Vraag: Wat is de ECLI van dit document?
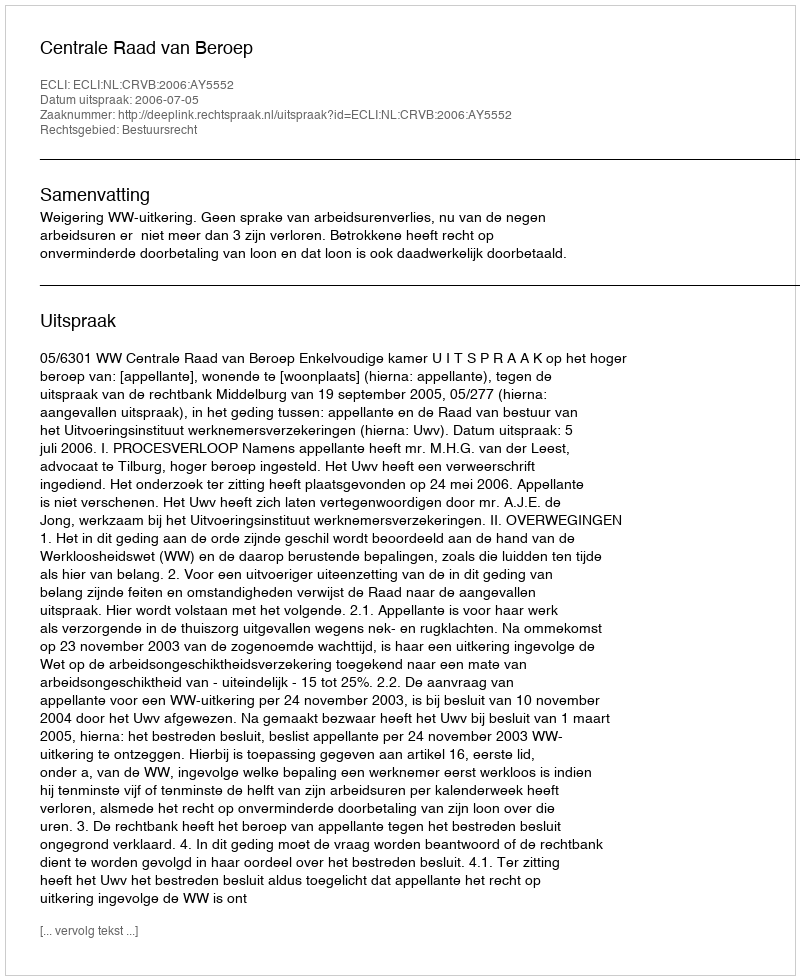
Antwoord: ECLI:NL:CRVB:2006:AY5552